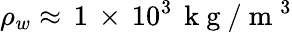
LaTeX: \rho_{w}\approx\, 1\, \times\, 10^{3}\, \mathrm{~k~g~}/\mathrm{~m~}^{3}